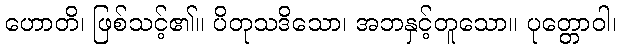
ဟောတိ၊ ဖြစ်သင့်၏။ ပိတုသဒိသော၊ အဘနှင့်တူသော။ ပုတ္တောဝါ၊